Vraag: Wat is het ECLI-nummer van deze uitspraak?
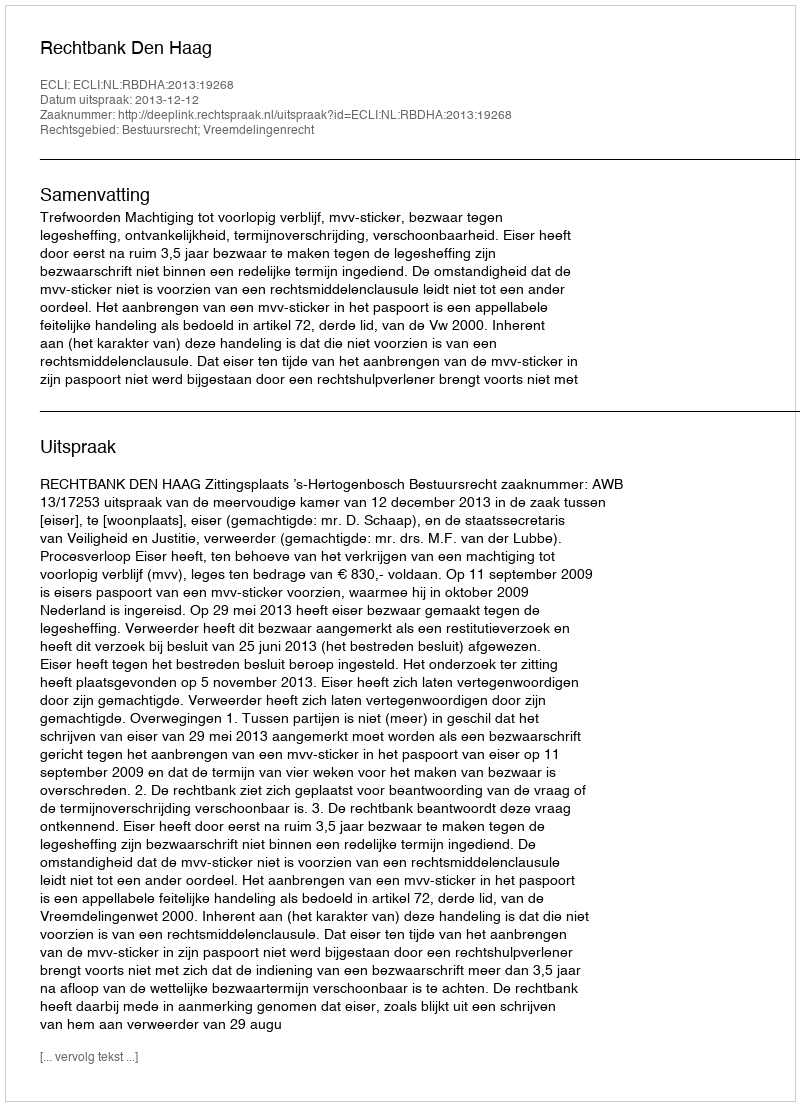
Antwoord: ECLI:NL:RBDHA:2013:19268